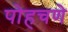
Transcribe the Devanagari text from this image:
पोहचणे